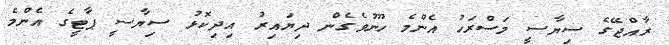
ރާއްޖޭގެ ސިޔާސީ މަސްރަހު އެންމެ ހޫނުވެގެން ދިޔައިރު އިދިކޮޅު ސިޔާސީ ޕާޓީގެ އެންމެ